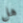
هل